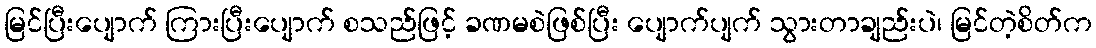
မြင်ပြီးပျောက် ကြားပြီးပျောက် စသည်ဖြင့် ခဏမစဲဖြစ်ပြီး ပျောက်ပျက် သွားတာချည်းပဲ၊ မြင်တဲ့စိတ်က